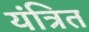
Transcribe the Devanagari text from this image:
यंत्रित